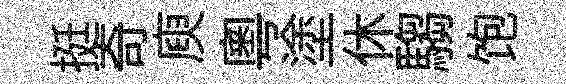
挺奇庾粤塗休騶饱